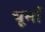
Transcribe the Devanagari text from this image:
चूर्मा